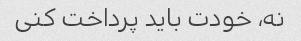
نه، خودت باید پرداخت کنی